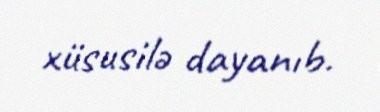
xüsusilə dayanıb.